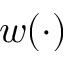
w ( \cdot )